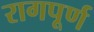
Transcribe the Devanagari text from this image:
रागपूर्ण